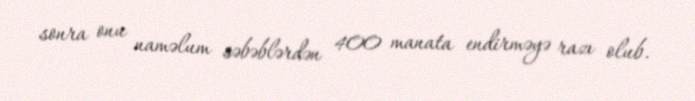
sonra onu naməlum səbəblərdən 400 manata endirməyə razı olub.